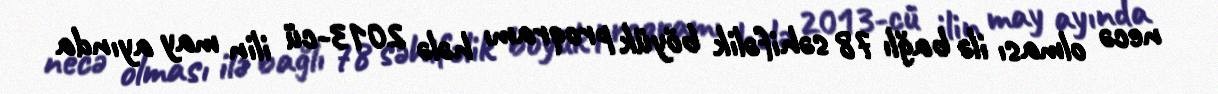
necə olması ilə bağlı 78 səhifəlik böyük proqramı hələ 2013-cü ilin may ayında